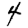
Digit: 4